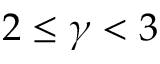
2 \leq \gamma < 3